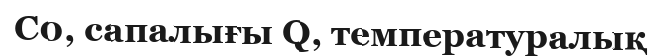
С0, сапалығы Q, температуралық